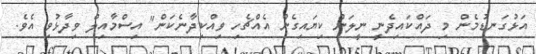
އަޅުގަނޑުމެން މި ދައްކައިދެނީ ނީލަން ކިޔައިގެން އެއްޗެހި ވިއްކިދާނެކަން" އިސްމާއިލް ވިދާޅުވި އެވެ.